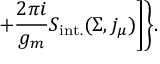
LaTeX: + \frac { 2 \pi i } { g _ { m } } S _ { \mathrm { i n t . } } ( \Sigma , j _ { \mu } ) \Biggr ] \Biggr \} .